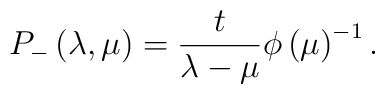
P_{-}\left( \lambda ,\mu \right) =\frac t{\lambda -\mu }\phi\left( \mu \right) ^{-1}.